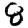
Digit: 8